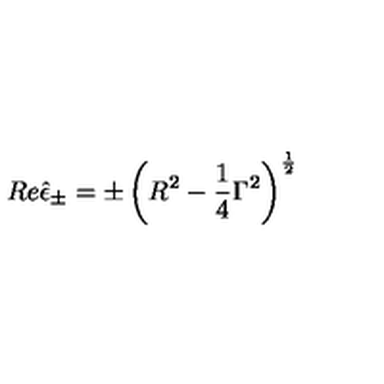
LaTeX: R e \hat { \epsilon } _ { \pm } = \pm \left( R ^ { 2 } - \frac 1 4 \Gamma ^ { 2 } \right) ^ { \frac 1 2 }